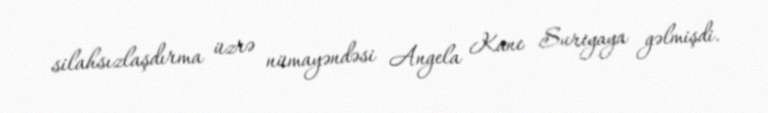
silahsızlaşdırma üzrə nümayəndəsi Angela Kane Suriyaya gəlmişdi.